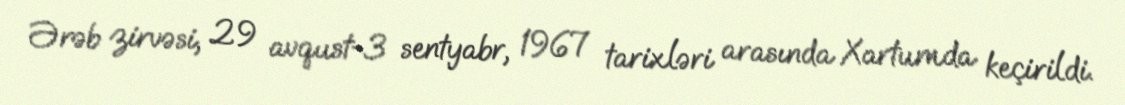
Ərəb zirvəsi, 29 avqust-3 sentyabr, 1967 tarixləri arasında Xartumda keçirildi.